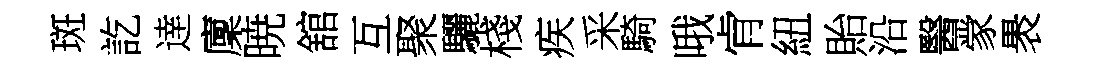
斑訖逹廩暁舘互聚驪棧疾采騎哦肻紐貽沿醫䝉褁